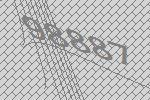
98887